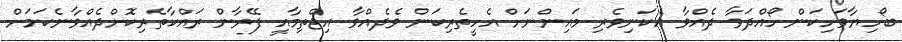
ބޯހިޔާވަހިކަން ހޯއްދަވާ ދެއްވާ އެކަނިވެރި މައިންނަށް އެހީތެރިކަން ވެދެއްވާ އިޖްތިމާއީ ފޭރާން ރައްކާތެރިކޮށްދެއްވާނެކަމަށް